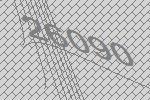
26090